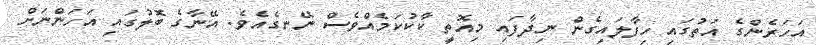
އަހަރެންގެ އަތުގައި ހިފާލައިގެން ނިދާފައި މިއޮތީ ކާކުކަމެއްވެސް ނޭނގެއެވެ. އޭނާގެ ބޮލުގައި އަހަންނަށް